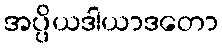
အပ္ပိယဒါယာဒတော